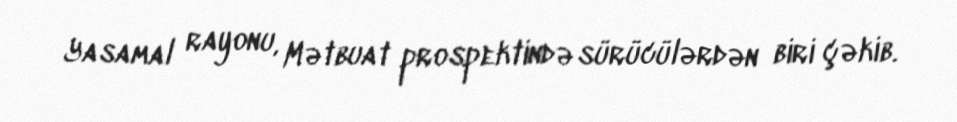
Yasamal rayonu, Mətbuat prospektində sürücülərdən biri çəkib.